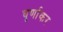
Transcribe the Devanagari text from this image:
घूर्णाकर